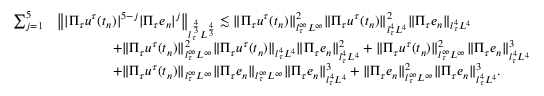
\begin{array} { r l } { \sum _ { j = 1 } ^ { 5 } } & { \left\| | \Pi _ { \tau } u ^ { \tau } ( t _ { n } ) | ^ { 5 - j } | \Pi _ { \tau } e _ { n } | ^ { j } \right\| _ { l _ { \tau } ^ { \frac { 4 } { 3 } } L ^ { \frac { 4 } { 3 } } } \lesssim \| \Pi _ { \tau } u ^ { \tau } ( t _ { n } ) \| _ { l _ { \tau } ^ { \infty } L ^ { \infty } } ^ { 2 } \| \Pi _ { \tau } u ^ { \tau } ( t _ { n } ) \| _ { l _ { \tau } ^ { 4 } L ^ { 4 } } ^ { 2 } \| \Pi _ { \tau } e _ { n } \| _ { l _ { \tau } ^ { 4 } L ^ { 4 } } } \\ & { \qquad \qquad + \| \Pi _ { \tau } u ^ { \tau } ( t _ { n } ) \| _ { l _ { \tau } ^ { \infty } L ^ { \infty } } ^ { 2 } \| \Pi _ { \tau } u ^ { \tau } ( t _ { n } ) \| _ { l _ { \tau } ^ { 4 } L ^ { 4 } } \| \Pi _ { \tau } e _ { n } \| _ { l _ { \tau } ^ { 4 } L ^ { 4 } } ^ { 2 } + \| \Pi _ { \tau } u ^ { \tau } ( t _ { n } ) \| _ { l _ { \tau } ^ { \infty } L ^ { \infty } } ^ { 2 } \| \Pi _ { \tau } e _ { n } \| _ { l _ { \tau } ^ { 4 } L ^ { 4 } } ^ { 3 } } \\ & { \qquad \qquad + \| \Pi _ { \tau } u ^ { \tau } ( t _ { n } ) \| _ { l _ { \tau } ^ { \infty } L ^ { \infty } } \| \Pi _ { \tau } e _ { n } \| _ { l _ { \tau } ^ { \infty } L ^ { \infty } } \| \Pi _ { \tau } e _ { n } \| _ { l _ { \tau } ^ { 4 } L ^ { 4 } } ^ { 3 } + \| \Pi _ { \tau } e _ { n } \| _ { l _ { \tau } ^ { \infty } L ^ { \infty } } ^ { 2 } \| \Pi _ { \tau } e _ { n } \| _ { l _ { \tau } ^ { 4 } L ^ { 4 } } ^ { 3 } . } \end{array}